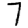
Digit: 7